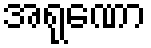
အရုဏော